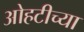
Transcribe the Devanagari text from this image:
ओहटीच्या